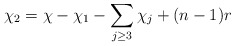
\begin{align*}\chi_2 = \chi - \chi_1 - \sum\limits_{j \geq 3} \chi_j + (n-1) r\end{align*}